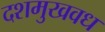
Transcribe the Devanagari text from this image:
दशमुखवध